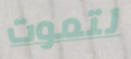
لتموت